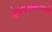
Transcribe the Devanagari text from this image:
संकेतस्थळांच्याही